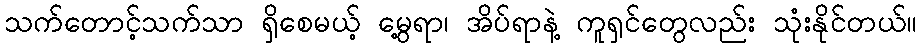
သက်တောင့်သက်သာ ရှိစေမယ့် မွေ့ရာ၊ အိပ်ရာနဲ့ ကူရှင်တွေလည်း သုံးနိုင်တယ်။